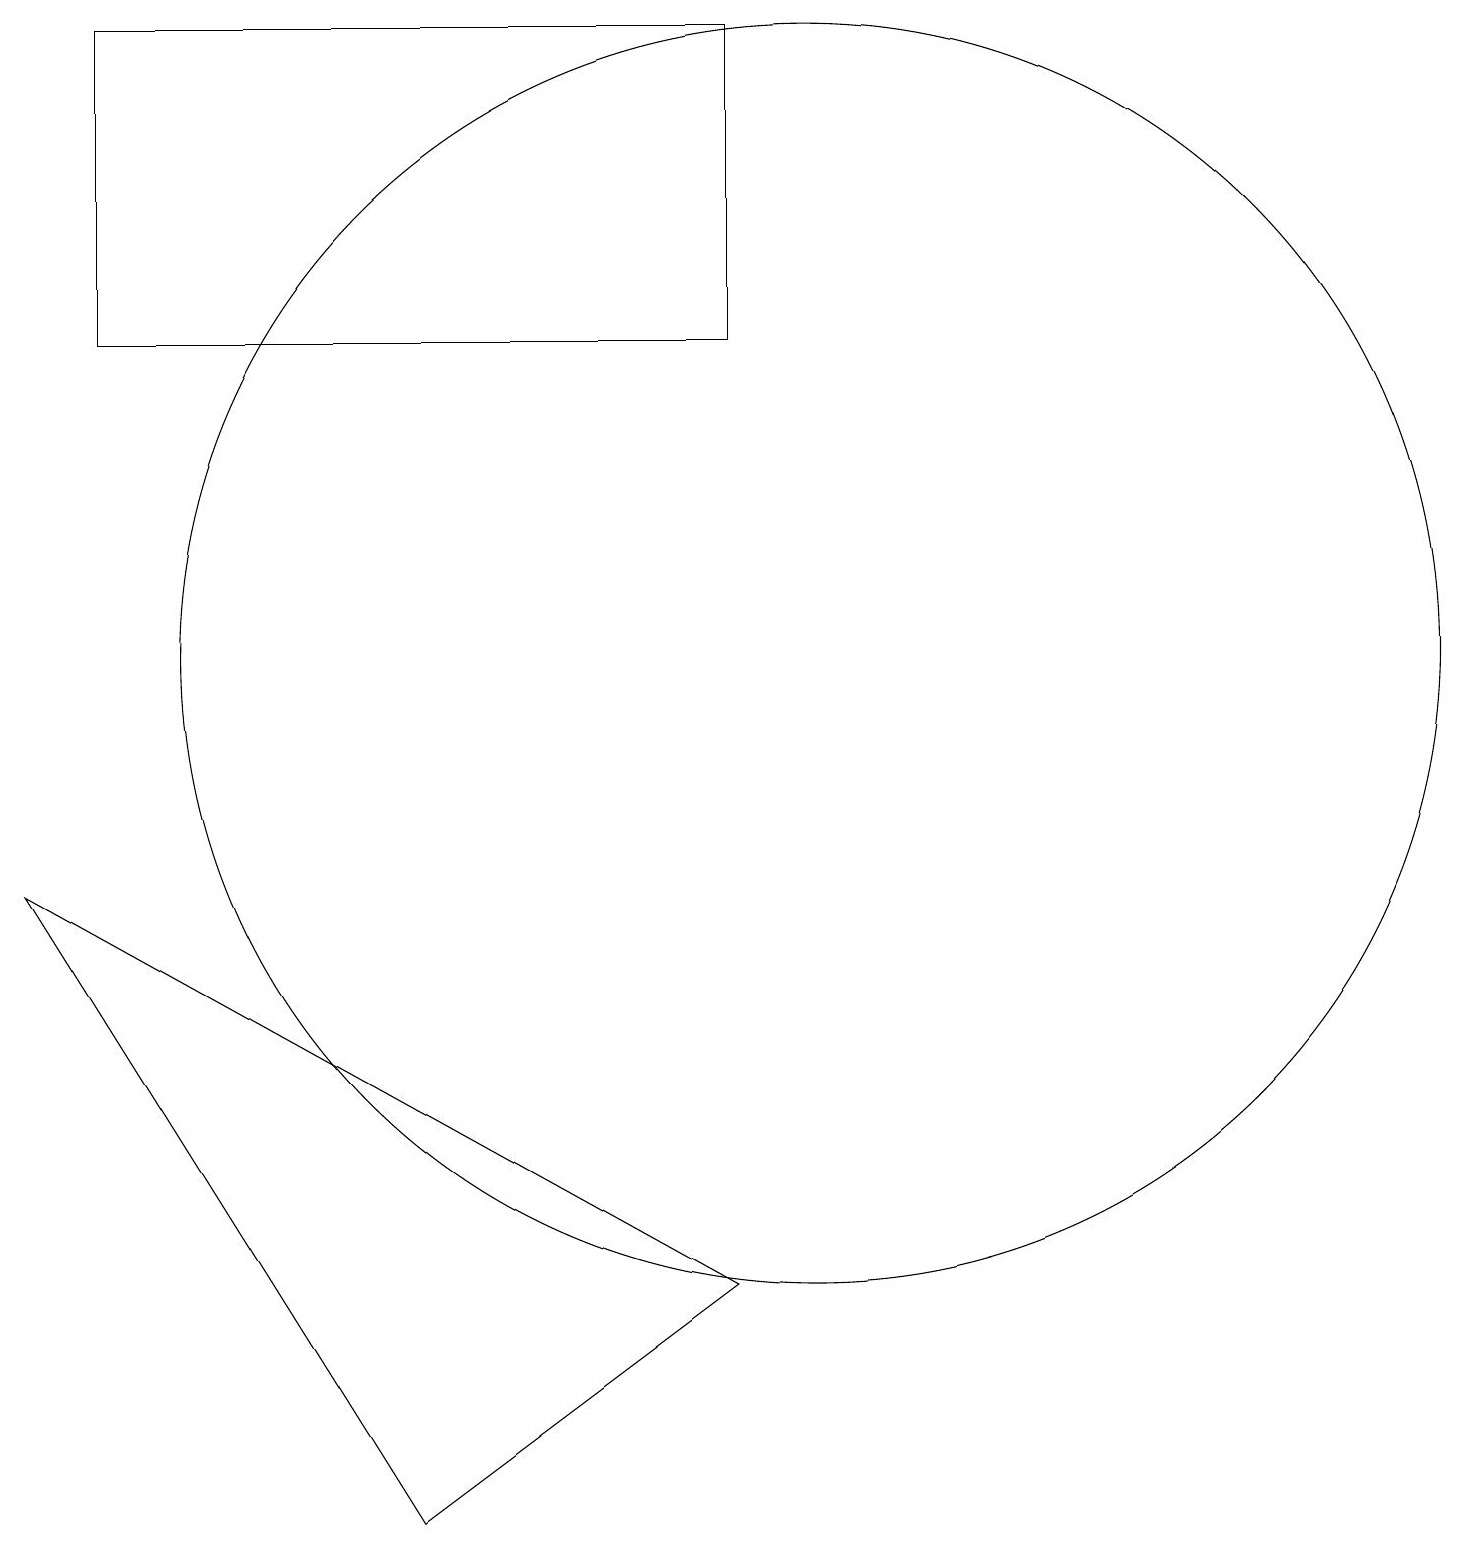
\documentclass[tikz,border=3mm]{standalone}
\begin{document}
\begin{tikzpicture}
\draw (10,11) circle (8);
\draw (5,0) -- (9,3) -- (0,8) -- cycle;
\draw (1,15) rectangle (9,19);
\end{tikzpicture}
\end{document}